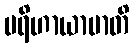
ပရိဟာယာမာတိ